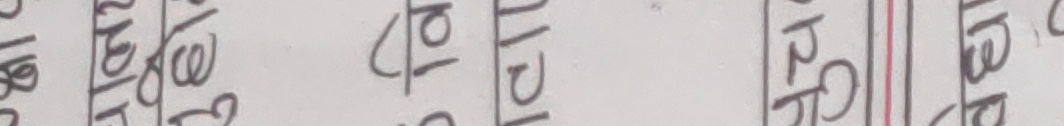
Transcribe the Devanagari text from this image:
वेजाप तोटीद रक धरत